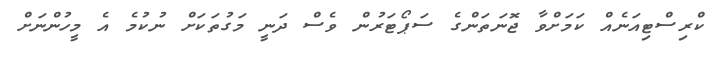
ކްރިސްޓިއަނެއް ކަމަށްވާ ޖޮނަތަންގެ ސަޕޯޓަރުން ވެސް ދަނީ މަގުތަކަށް ނުކުމެ އެ މީހުންނަށް